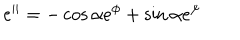
e ^ { | | } = - \cos \alpha e ^ { \phi } + \sin \alpha e ^ { \psi }